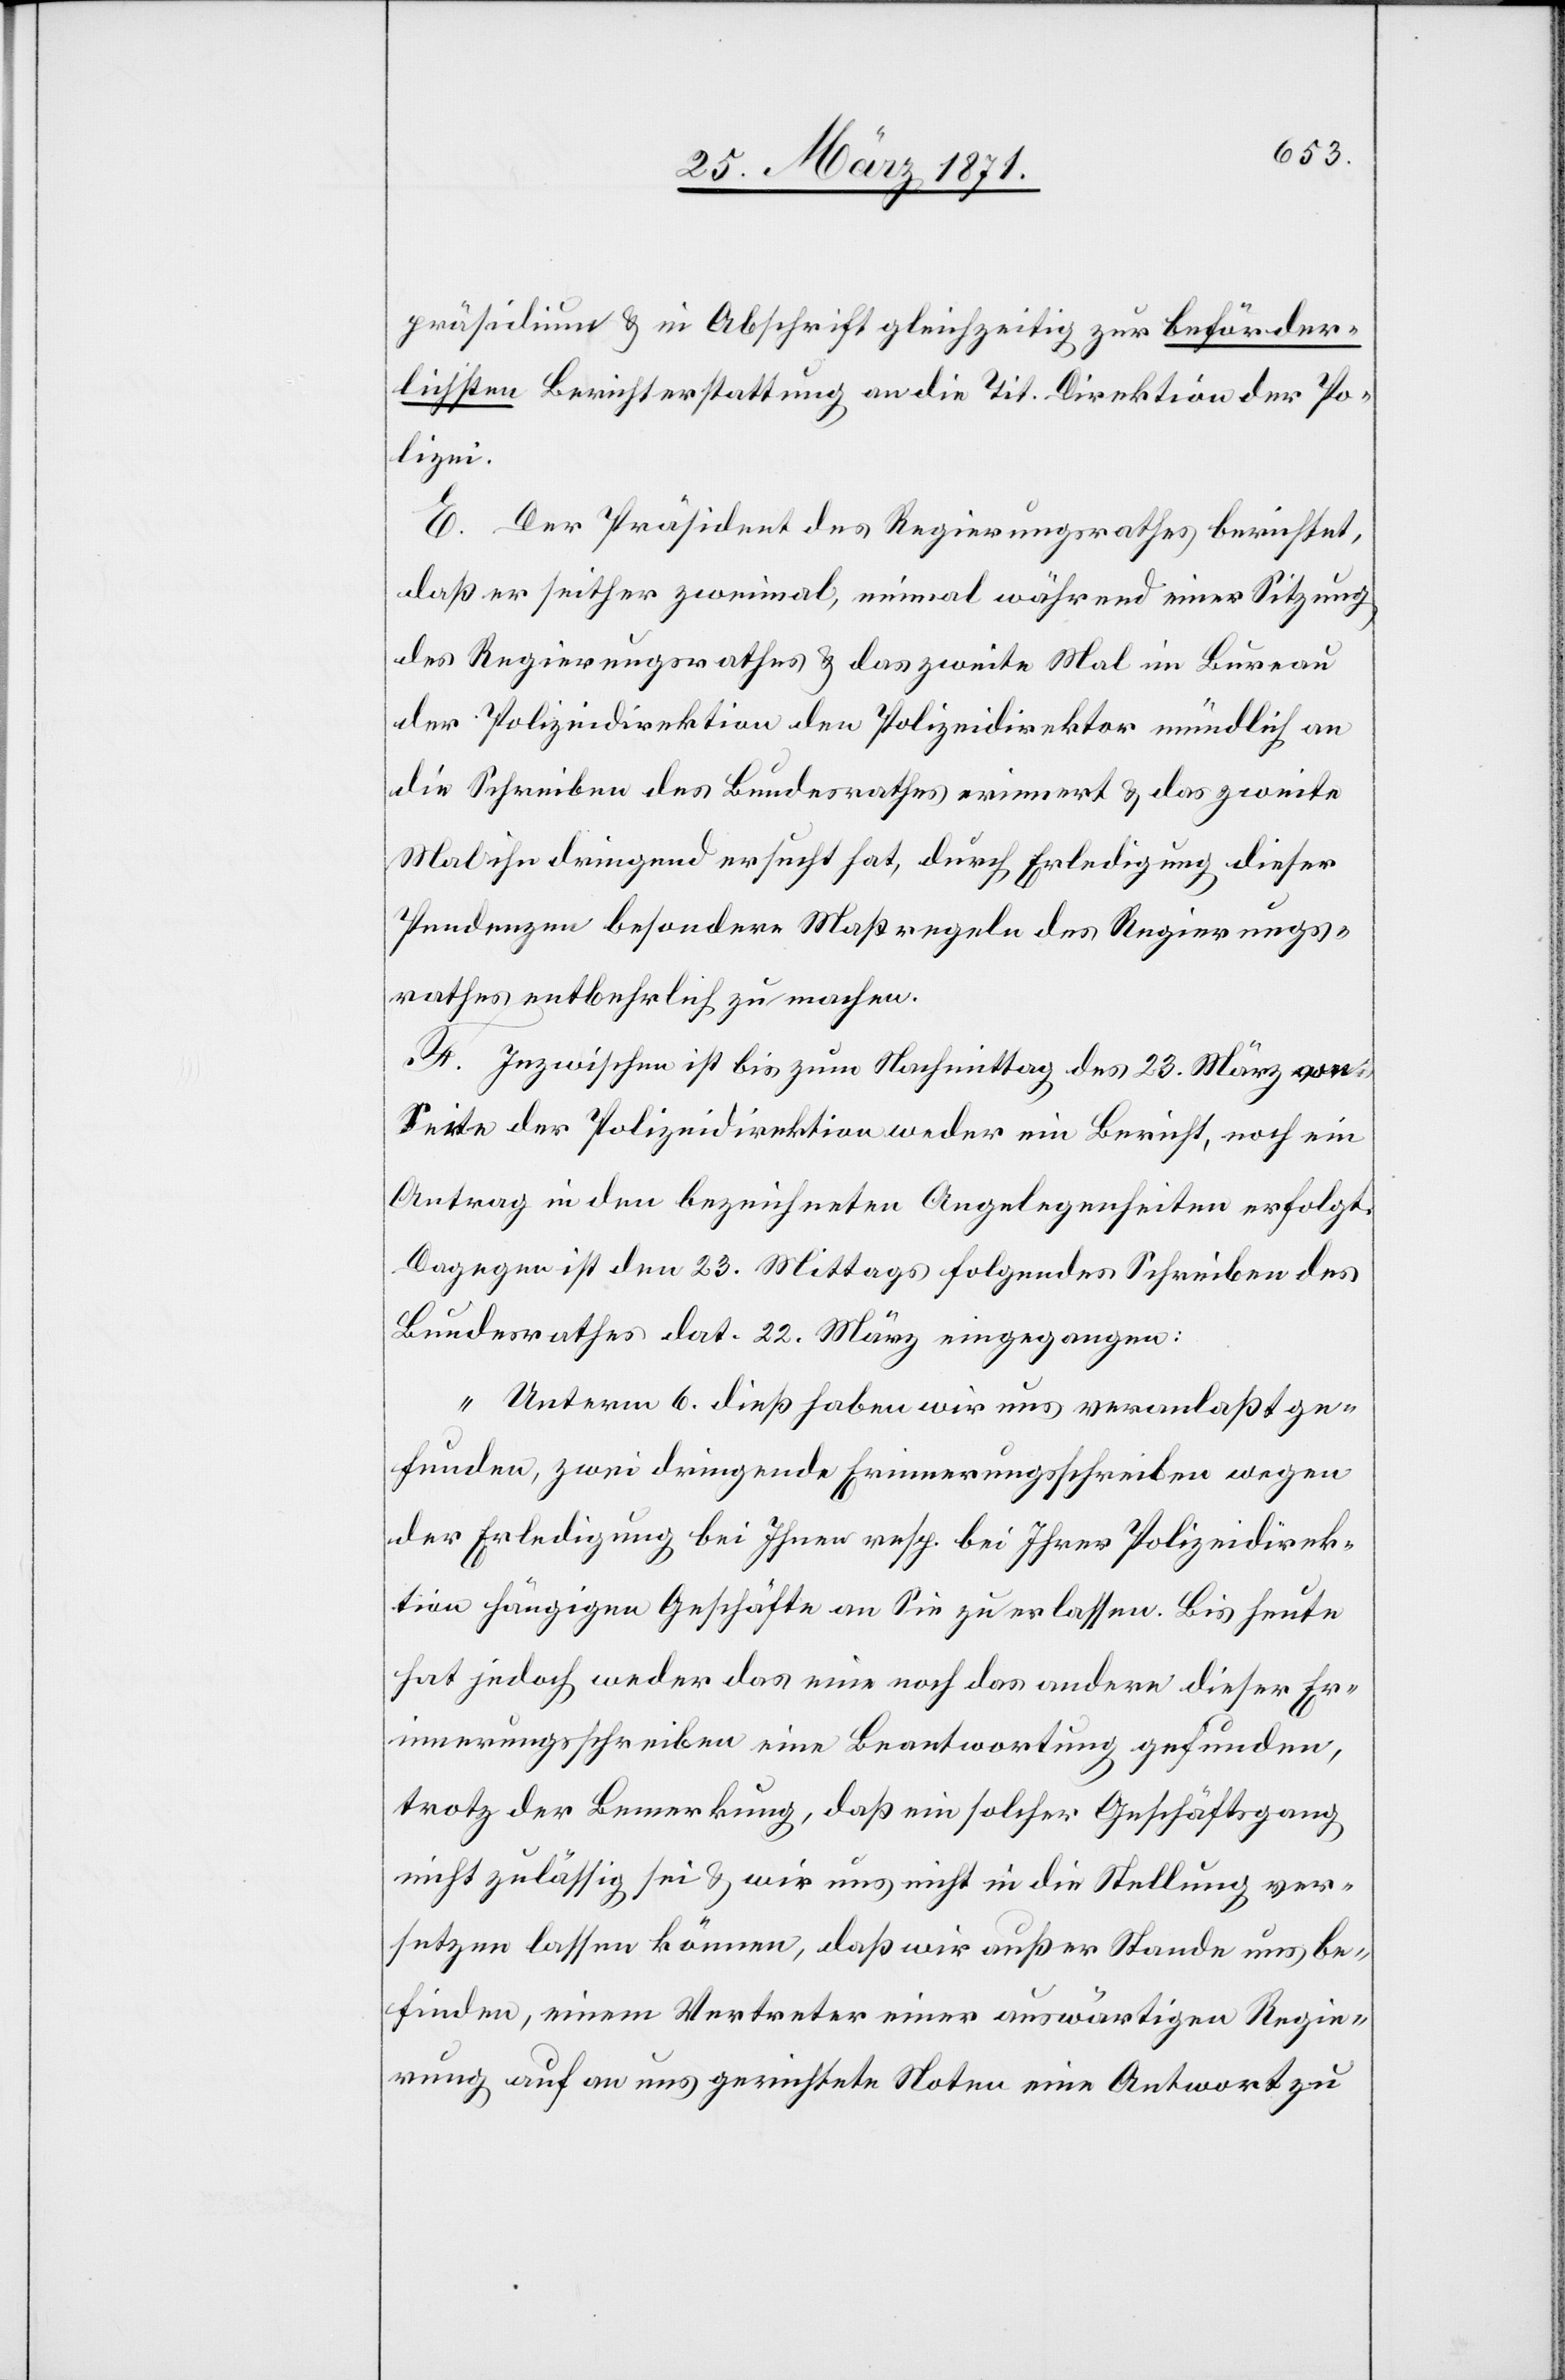
präsidium u. in Abschrift gleichzeitig zur beförder¬
lichsten Berichterstattung an die Tit. Direktion der Po¬
lizei.
E. Der Präsident des Regierungsrathes berichtet,
daß er seither zweimal, einmal während einer Sitzung
des Regierungsrathes u. das zweite Mal im Bureau
der Polizeidirektion den Polizeidirektor mündlich an
die Schreiben des Bundesrathes erinnert u. das zweite
Mal ihn dringend ersucht hat, durch Erledigung dieser
Pendenzen besondere Maßregeln des Regierungs¬
rathes entbehrlich zu machen.
F. Inzwischen ist bis zum Nachmittag des 23. März von
Seite der Polizeidirektion weder ein Bericht, noch ein
Antrag in den bezeichneten Angelegenheiten erfolgt.
Dagegen ist den 23. Mittags folgendes Schreiben des
Bundesrathes dat. 22. März eingegangen:
„Unterm 6. dieß haben wir uns veranlaßt ge¬
funden, zwei dringende Erinnerungsschreiben wegen
der Erledigung bei Ihnen resp. bei Ihrer Polizeidirek¬
tion hängigen Geschäfte an Sie zu erlassen. Bis heute
hat jedoch weder das eine noch das andere dieser Er¬
innerungsschreiben eine Beantwortung gefunden,
trotz der Bemerkung, daß ein solcher Geschäftsgang
nicht zulässig sei u. wir uns nicht in die Stellung ver¬
setzen lassen können, daß wir außer Stande uns be¬
finden, einem Vertreter einer auswärtigen Regie¬
rung auf an uns gerichtete Noten eine Antwort zu